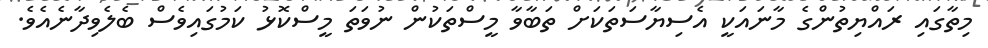
މިތާގައި ރައްޔިތުންގެ މާނައަކީ އެސިޔާސަތަކަށް ތަބާވާ މީސްތަކުން ނުވަތަ މީސްކޮޅު ކަމުގައިވެސް ބެލެވިދާނެއެވެ.